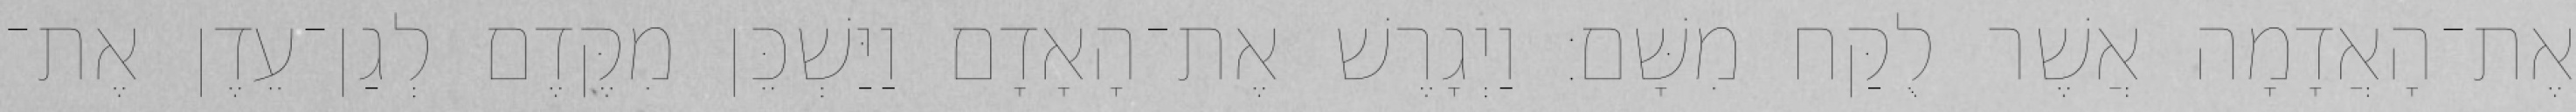
אֶת־הָאֲדָמָה אֲשֶׁר לֻקַּח מִשָּׁם׃ וַיְגָרֶשׁ אֶת־הָאָדָם וַיַּשְׁכֵּן מִקֶּדֶם לְגַן־עֵדֶן אֶת־